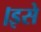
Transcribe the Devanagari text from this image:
।इसे